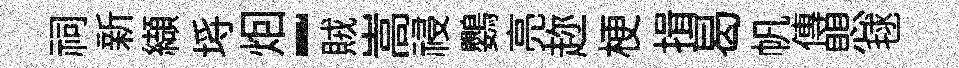
祠新纈埓𤇆-賊嵩祲鸚亮趂梗揖曷帆傳愳毬